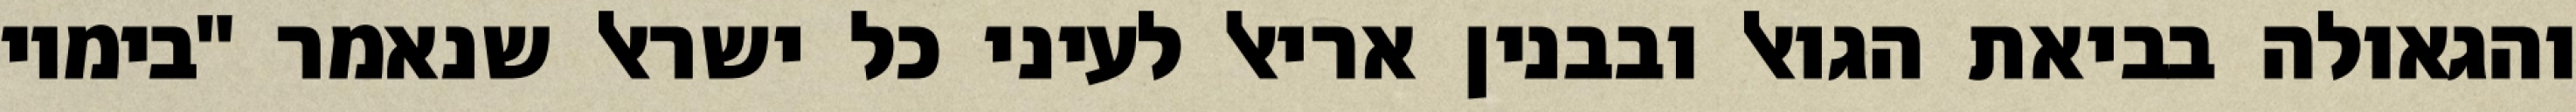
והגאולה בביאת הגואל ובבנין אריאל לעיני כל ישראל שנאמר "בימיו